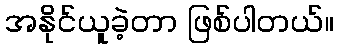
အနိုင်ယူခဲ့တာ ဖြစ်ပါတယ်။